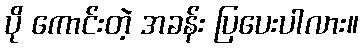
ပို ကောင်းတဲ့ အခန်း ပြပေးပါလား။